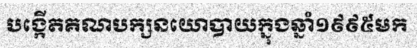
បង្កើតគណបក្សនយោបាយក្នុងឆ្នាំ១៩៩៥មក